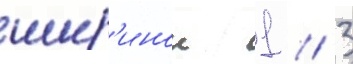
шир'инои 1 / 3